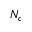
N _ { c }